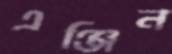
এঞ্জিন